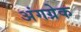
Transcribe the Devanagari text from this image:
अंगग्रेक